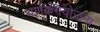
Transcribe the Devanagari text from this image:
वर्णक्रमयोजना